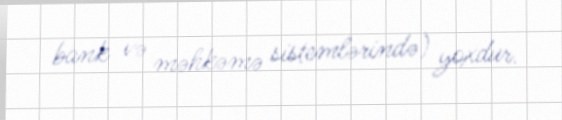
bank və məhkəmə sistemlərində) yoxdur.